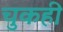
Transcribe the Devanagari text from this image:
चुकही